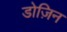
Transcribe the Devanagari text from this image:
डोज़िन